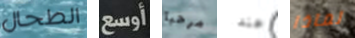
الطحال أوسع مرحبا عندا لماذا